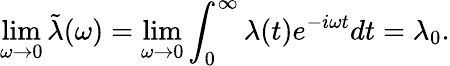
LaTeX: \operatorname*{lim}_{\omega\rightarrow 0}\tilde{\lambda}(\omega)=\operatorname*{lim}_{\omega\rightarrow 0}\int_{0}^{\infty}\lambda(t)e^{-i\omega t}dt=\lambda_{0}.